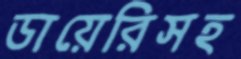
ডায়েরিসহ